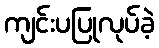
ကျင်းပပြုလုပ်ခဲ့